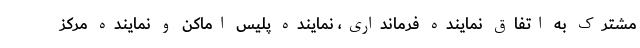
مشترک به اتفاق نماینده فرمانداری، نماینده پلیس اماکن و نماینده مرکز